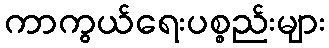
ကာကွယ်ရေးပစ္စည်းများ